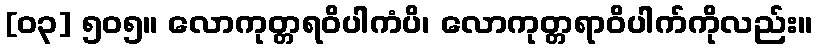
[၀၃] ၅၀၅။ လောကုတ္တရဝိပါကံပိ၊ လောကုတ္တရာဝိပါက်ကိုလည်း။